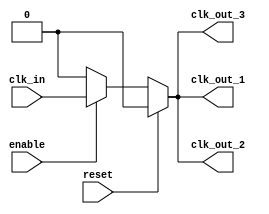
module clock_buffer (
    input wire clk_in,               // Single-ended clock input
    output wire clk_out_1,           // First output clock
    output wire clk_out_2,           // Second output clock (can be extended for more outputs)
    output wire clk_out_3,           // Third output clock (can be extended for more outputs)
    input wire enable,                // Enable signal for power management
    input wire reset                  // Asynchronous reset signal
);

    // Internal signals
    wire clk_buf;                    // Buffered clock signal

    // Drive strength enhancement and signal integrity improvement
    // Using a simple buffer with enable control
    assign clk_buf = (enable) ? clk_in : 1'b0; // Buffering with enable control

    // Output assignments
    assign clk_out_1 = (reset) ? 1'b0 : clk_buf; // Reset logic for output 1
    assign clk_out_2 = (reset) ? 1'b0 : clk_buf; // Reset logic for output 2
    assign clk_out_3 = (reset) ? 1'b0 : clk_buf; // Reset logic for output 3

endmodule